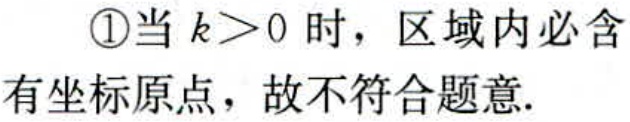
\textcircled{1}当 \(k>0\) 时，区域内必含
有坐标原点，故不符合题意.